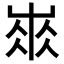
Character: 𡸓